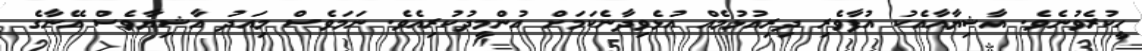
ހީކުރެވުނެވެ. އާޝިޔާއާއެކު އުފާވެރި ދިރިއުޅުމެއް އުޅެވިދާނެކަމަށް އުންމީދުކުރިއެވެ. ނަމަވެސް މިއަދު އާޝިޔާވެސް އޭނާގެ